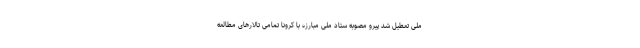
ملی تعطیل شد پیرو مصوبه ستاد ملی مبارزه با کرونا تمامی تالارهای مطالعه